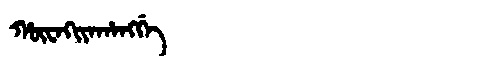
Manchu: ᡥᡡᠸᠠᡴᡳᠶᠠᡥᠠᠩᡤᡝ
Romanization: HŪWAKIYAHANGGE